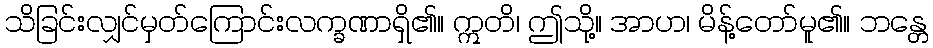
သိခြင်းလျှင်မှတ်ကြောင်းလက္ခဏာရှိ၏။ ဣတိ၊ ဤသို့။ အာဟ၊ မိန့်တော်မူ၏။ ဘန္တေ